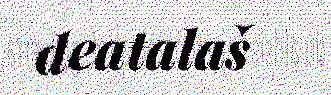
deaŧalaš